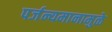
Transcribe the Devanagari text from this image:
पर्जन्यमानामुळे